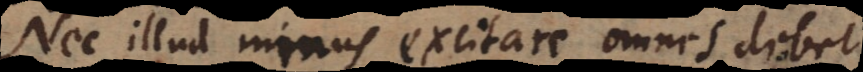
Nec illud minus excitare omnes debet